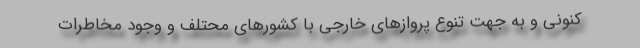
کنونی و به جهت تنوع پروازهای خارجی با کشورهای محتلف و وجود مخاطرات